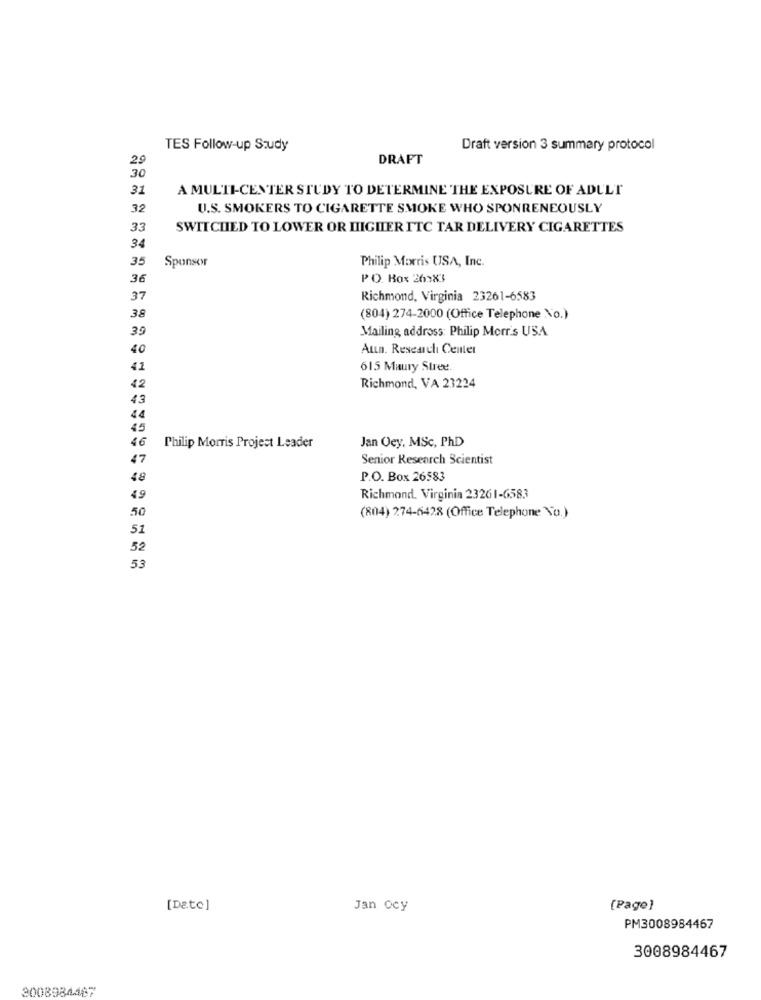
TES Follow-up Study
Draft version 3 summary protocol
29
DRAFT
30
31
A MULTI-CENTER STUDY TO DETERMINE THE EXPOSURE OF ADULT
32
U.S. SMOKERS TO CIGARETTE SMOKE WHO SPONRENEOUSLY
33
SWITCHED TO LOWER OR IIIGHER ITC TAR DELIVERY CIGARETTES
34
35
Sponsor
Philip Morris USA, Inc.
36
PO. Box 26383
37
Richmond, Virginia 23261-6583
38
(804) 274-2000 (Office Telephone No.)
39
Mailing address: Philip Morris USA
40
Aun. Research Center
41
615 Maury Stree
42
Richmond, VA 23224
43
44
45
46
Jan Oey, MSC, PhD
Philip Morris Project Leader
47
Senior Research Scientist
48
P.O. Box 26583
49
Richmond, Virginia 23261-6583
50
(804) 274-6428 (Office Telephone No.)
51
52
53
[Date]
Jan ocy
[Page]
PM3008984467
3008984467
3008984467